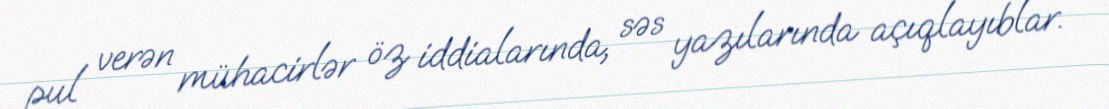
pul verən mühacirlər öz iddialarında, səs yazılarında açıqlayıblar.